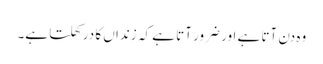
وہ دن آتا ہے اور ضرور آتا ہے کہ زنداں کا در کھلتا ہے۔